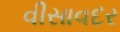
વીસાવદર